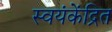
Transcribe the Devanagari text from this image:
स्वयंकेंद्रित